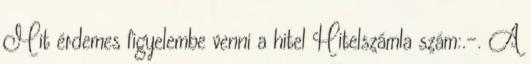
Mit érdemes figyelembe venni a hitel Hitelszámla szám:.-. A